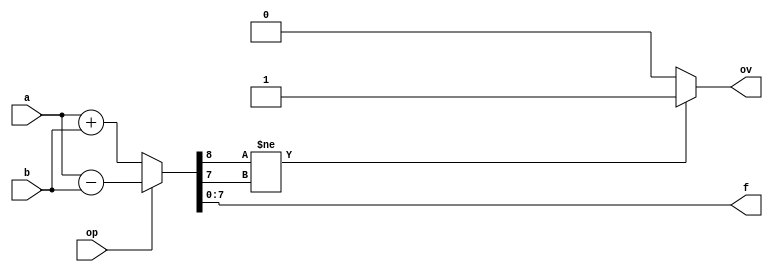
// Diseo:      Sumador-restador en Ca2
// Archivo:     sumsub.v
// Descripcin: Sumador-restador en complemento a 2
// Autor:       Jorge Juan <jjchico@gmail.com>
// Fecha:       27/05/2010

/*
   Leccin 5-2. Sumador-restador

   En esta leccin haremos dos descripciones alternativas de un
   sumador/restador empleando operadores aritmticos, de forma parecida a como
   se hizo para el sumador en la leccin anterior.

   En esta leccin se introduce un concepto muy importante: las seales con
   signo; y se emplea la construccin 'parameter' para producir un mdulo
   que emplea datos de anchura arbitraria.
*/

//////////////////////////////////////////////////////////////////////////
// Sumador-restador 1                                                   //
//////////////////////////////////////////////////////////////////////////

/* La descripcin del mdulo sumador/restador es muy similar a la del sumador
 * visto en la leccin anterior. El mdulo incluye una entrada adicional 'op'
 * que determina el tipo de operacin: 0-suma, 1-resta; y una salida de
 * desbordamiento ('ov').
 *
 * La anchura de los datos no est prefijada, sino que depende del parmetro
 * WIDTH. Este parmetro tiene un valor predeterminado de 8 indicado por
 * la directiva 'parameter', pero puede cambiarse a la hora de instanciar el
 * mdulo, por lo que la misma descripcin sirve para producir
 * sumadores/restadores de cualquier anchura de datos. En general, cuantas
 * ms caractersticas de un mdulo sean parametrizadas, mayor flexibilidad
 * y posibilidades de reutilizacin tendr el mdulo.
 *
 * Las entradas 'a' y 'b', y la salida 'f' se declaran de tipo 'signed' por lo
 * que el simulador y el sintetizador asumen que estas seales contienen
 * nmero con signo en representacin 'complemento a dos'. La declaracin
 * 'signed' afecta a la interpretacin del diseo de varias formas.
 * Por ejemplo: visualizacin de datos ($display), operaciones de
 * desplazamiento o la extensin de bits.
 *
 * En este ejemplo, tanto la declaracin de parmetros [#(...)]como de tipos
 * de las entradas se realiza en la definicin del mdulo y no en el cuerpo, al
 * estilo ANSI. */

module sumsub1 #(
    parameter WIDTH = 8
    )(
    input wire signed [WIDTH-1:0] a,  // primer operando
    input wire signed [WIDTH-1:0] b,  // segundo operando
    input wire op,                    // operacin (0-suma, 1-resta)
    output reg signed [WIDTH-1:0] f,  // salida
    output reg ov                     // desbordamiento
    );

    /* Recordamos: f y ov se declaran como variables (tipo 'reg') porque
     * van a usarse en un procedimiento 'always' */

    always @* begin :sub
        /* Definimos una variable local al bloque para realizar la
         * suma con un bit adicional. La definicin de varialbes
         * locales es posible slo si se nombra el bloque ('sub') en
         * este caso */
        reg signed [WIDTH:0] s;

        /* Aqu, la construccin 'if' hubiera sido igual de efectiva
         * que el 'case' pero, en general, cuando la decisin depende
         * de una sola variable (en este caso 'op') 'case' resulta ms
         * claro, especialmente cuando el nmero de posibles valores
         * de la variable es elevado */
        case (op)
        0:
            s = a + b;
        default:
            s = a - b;
        endcase

        // Salida de desbordamiento
        /* 's' contiene el valor correcto de la operacin. La
         * extensin del signo se realiza automticamente ya que los
         * tipos son 'signed'. El desbordamiento puede detectarse si
         * comparamos el bit de signo del resultado correcto con el
         * del resultado sin extensin (s[WIDTH-1:0]) */
        if (s[WIDTH] != s[WIDTH-1])
            ov = 1;
        else
            ov = 0;

        // Salida
        f = s[WIDTH-1:0];
    end

endmodule // sumsub1

//////////////////////////////////////////////////////////////////////////
// Sumador-restador 2                                                   //
//////////////////////////////////////////////////////////////////////////

/* En la descripcin de sumsub1 se emplean variables con signo y se realizan
 * las operaciones 'a + b' o 'a - b' segn corresponda. Segn la inteligencia
 * de la herramienta de sntesis utilizada, esto puede producir un diseo
 * con un nico bloque sumador/restador o un diseo con un sumador y un
 * restador independites, que tiene mayor coste. Esta descripcin alternativa
 * se emplean tipos sin signo, el cual es controlado directamente por el
 * diseador. En caso de resta, el operando 'b' se complementa antes de
 * realizar la operacin que ser siempre de suma. Esta descripcin (de ms
 * bajo nivel) requiere ms esfuerzo por parte del diseador y es ms difcil
 * de comprender y depurar, pero puede producir mejores resultados de sntesis.
 * En general, el diseador puede consultar la documentacin de la
 * herramienta de sntesis a utilizar en caso de que quiera hacer una
 * descripcin ptima para la misma. */

module sumsub2 #(
    parameter WIDTH = 8
    )(
    input wire [WIDTH-1:0] a,  // primer operando
    input wire [WIDTH-1:0] b,  // segundo operando
    input wire op,             // operacin (0-suma, 1-resta)
    output reg [WIDTH-1:0] f,  // salida
    output reg ov              // desbordamiento
    );

    always @* begin :sub
        /* Variable temporal para calcular el segundo operando */
        reg [WIDTH-1:0] c;

        /* Empleamos el operador condicional para calcular 'c', que
         * es un sustituto muy compacto de 'if'. En caso de resta 'c'
         * es el complemento a 1 (Ca1) de 'b' */
        c = op == 0? b: ~b;

        /* Calculamos el resultado. Si se trata de una resta, 'a' se
         * sumar con el complemento a 2 (Ca2 = Ca1 + 1) de 'b'
         * produciendo como resultado 'a - b' representado en Ca2. */
        f = a + c + op;

        // Salida de desbordamiento
        /* Slo se produce desbordamiento cuando se suman nmero del
         * mismo signo, y slo si el signo aparente del resultado
         * difiere del de los operandos */
        ov = ~a[WIDTH-1] & ~c[WIDTH-1] & f[WIDTH-1] |
             a[WIDTH-1] & c[WIDTH-1] & ~f[WIDTH-1];
    end

endmodule // sumsub2

/*
   EJERCICIOS

   1. Compila la leccin con:

      $ iverilog sumsub.v

      Comprueba que no hay errores de sintaxis

   (contina en sumsub_tb.v)
*/